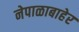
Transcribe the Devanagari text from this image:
नेपाळाबाहेर